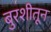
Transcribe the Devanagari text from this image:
बुरशीतून